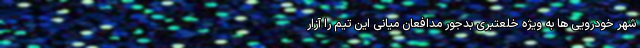
شهر خودرویی ها به ویژه خلعتبری بدجور مدافعان میانی این تیم را آزار